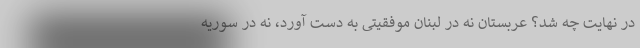
در نهایت چه شد؟ عربستان نه در لبنان موفقیتی به دست آورد، نه در سوریه